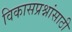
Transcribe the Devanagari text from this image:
विकासप्रश्नांसाठी